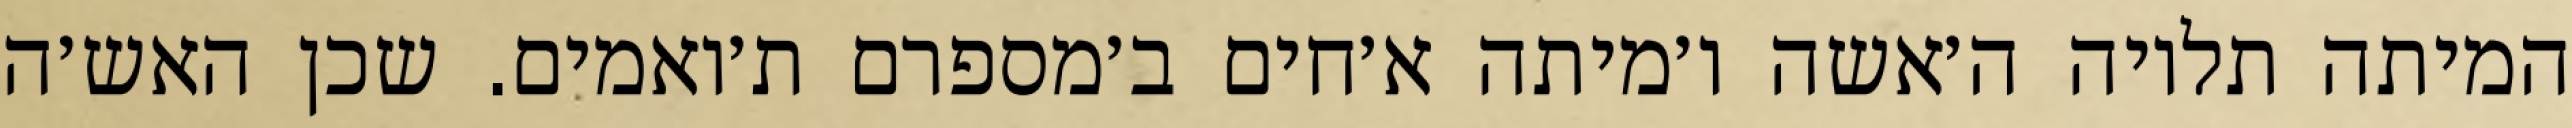
המיתה תלויה ה׳אשה ו׳מיתה א׳חים ב׳מספרם ת׳ואמים. שכן האש׳ה